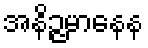
အနိဉ္ဇမာနေန